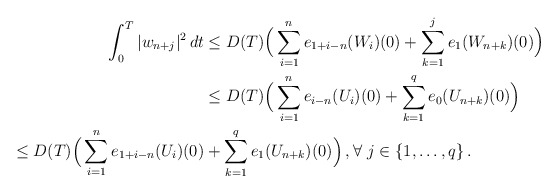
\begin{align*}\int_0^T|w_{n+j}|^2\,dt & \le D(T) \Big(\sum_{i=1}^n e_{1+i-n}(W_i)(0) +\sum_{k=1}^j e_{1}(W_{n+k})(0)\Big) \\&\le D(T) \Big(\sum_{i=1}^n e_{i-n}(U_i)(0) +\sum_{k=1}^q e_0(U_{n+k})(0)\Big) \\\le D(T) \Big(\sum_{i=1}^n e_{1+i-n}(U_i)(0) & +\sum_{k=1}^q e_{1}(U_{n+k})(0)\Big) \,,\forall \ j \in \{1, \ldots, q\} \,.\end{align*}